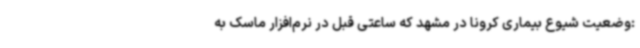
:وضعیت شیوع بیماری کرونا در مشهد که ساعتی قبل در نرم‌افزار ماسک به